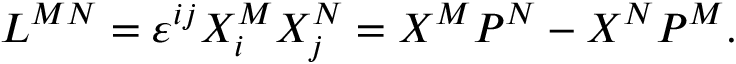
L ^ { M N } = \varepsilon ^ { i j } X _ { i } ^ { M } X _ { j } ^ { N } = X ^ { M } P ^ { N } - X ^ { N } P ^ { M } .